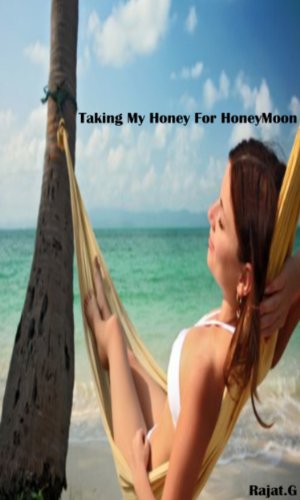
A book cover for Honeymooning - 23 Of The Best & Most Exotic Locales: Best Options in The World For Honeymooners; Rajat G; Crafts, Hobbies & Home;